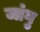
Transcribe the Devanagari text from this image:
जांगु